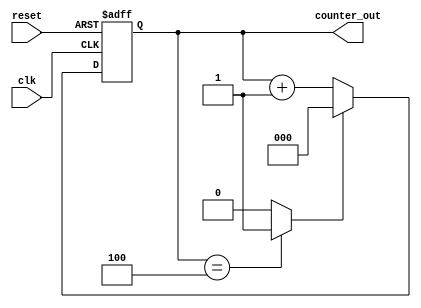
module counter (
input clk, reset,
output reg [2:0] counter_out
);

reg max ;
always @ (counter_out)
begin
if (counter_out == 3'd4)
max=1'b1;
else 
max=0;
end

always @ (posedge clk or posedge reset) begin
if (reset==1'b1)
counter_out=0;
else if (max==1'b1)
counter_out=0;
else 
counter_out=counter_out+1;
end

endmodule